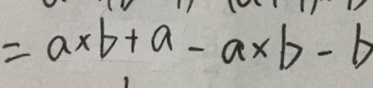
= a \times b + a - a \times b - b